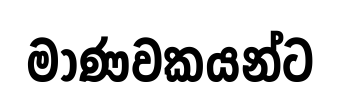
මාණවකයන්ට